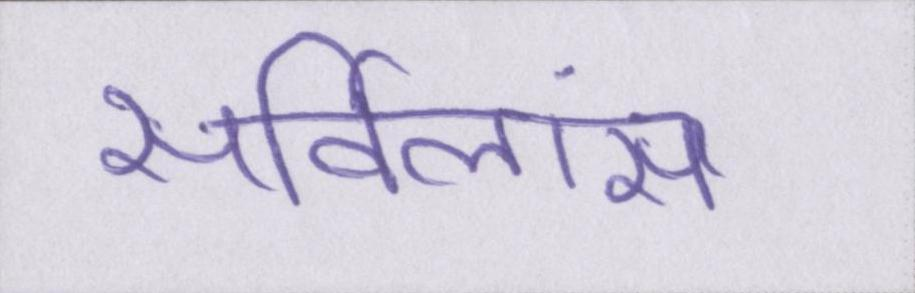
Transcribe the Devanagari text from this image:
सर्विलांस